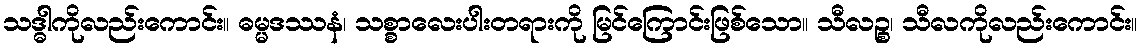
သဒ္ဓါကိုလည်းကောင်း။ ဓမ္မဒဿနံ၊ သစ္စာလေးပါးတရားကို မြင်ကြောင်းဖြစ်သော။ သီလဉ္စ၊ သီလကိုလည်းကောင်း။